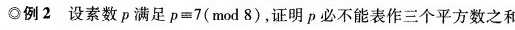
◎例2设素数ρ满足$$p = 7$$(mod8)，证明p必不能表作三个平方数之和。